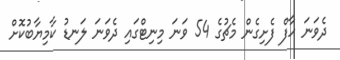
ދެވަނަ ހާފް ފެށިގެން މެޗުގެ 54 ވަނަ މިނިޓްގައި ދެވަނަ ލަނޑު ކާމިޔާބުކޮށް